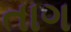
તાગ